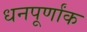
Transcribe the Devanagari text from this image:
धनपूर्णांक